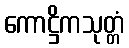
ကောဋ္ဌိကသုတ္တံ